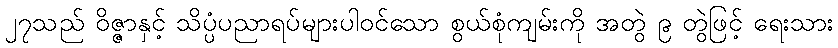
၂၇သည် ဝိဇ္ဇာနှင့် သိပ္ပံပညာရပ်များပါဝင်သော စွယ်စုံကျမ်းကို အတွဲ ၉ တွဲဖြင့် ရေးသား